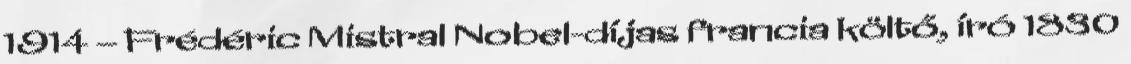
1914 – Frédéric Mistral Nobel-díjas francia költő, író 1830